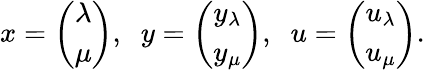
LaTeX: x=\left(\begin{array}{c}{\lambda}\\ {\mu}\end{array}\right),\; \; y=\left(\begin{array}{c}{y_{\lambda}}\\ {y_{\mu}}\end{array}\right),\; \; u=\left(\begin{array}{c}{u_{\lambda}}\\ {u_{\mu}}\end{array}\right).